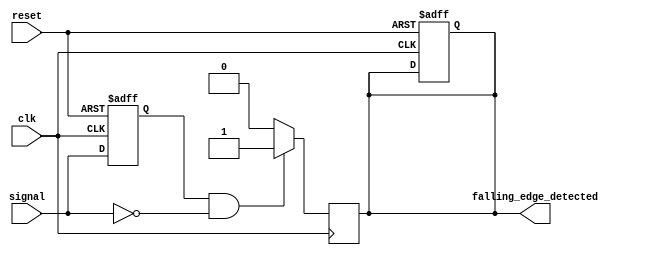
module falling_edge_detector (
    input wire clk,                // System clock
    input wire reset,              // Asynchronous reset
    input wire signal,             // Input signal to detect falling edge
    output reg falling_edge_detected // Output pulse for falling edge detection
);

    reg signal_prev;               // Previous state of the input signal

    // Asynchronous reset and state sampling on clock edge
    always @(posedge clk or posedge reset) begin
        if (reset) begin
            signal_prev <= 1'b0;    // Initialize previous state to 0
            falling_edge_detected <= 1'b0; // Initialize output to 0
        end else begin
            signal_prev <= signal;   // Sample the current signal
        end
    end

    // Falling edge detection logic
    always @(posedge clk) begin
        if (signal_prev == 1'b1 && signal == 1'b0) begin
            falling_edge_detected <= 1'b1; // Assert output on falling edge
        end else begin
            falling_edge_detected <= 1'b0; // Deassert output otherwise
        end
    end

endmodule